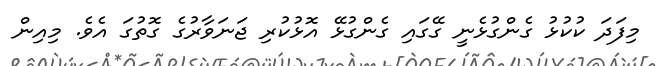
މިފަދަ ކުކުޅު ގެންގުޅެނީ ގޭގައި ގެންގުޅޭ އޮޅުކުރި ޖަނަވާރުގެ ގޮތުގަ އެވެ. މިއިން